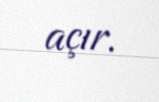
açır.